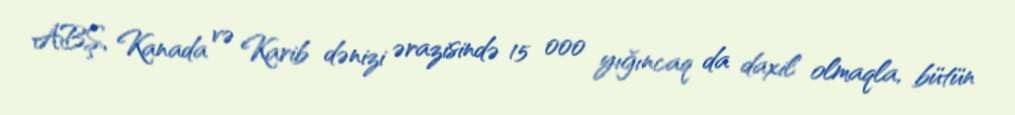
ABŞ, Kanada və Karib dənizi ərazisində 15 000 yığıncaq da daxil olmaqla, bütün